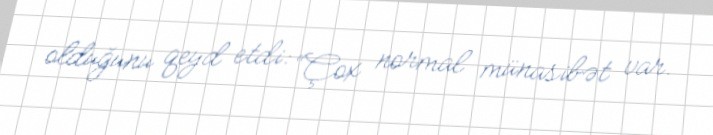
olduğunu qeyd etdi: “Çox normal münasibət var.